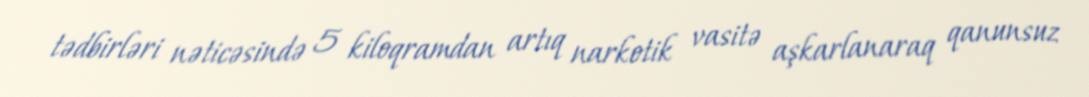
tədbirləri nəticəsində 5 kiloqramdan artıq narkotik vasitə aşkarlanaraq qanunsuz